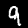
Digit: 9